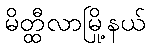
မိတ္ထီလာမြို့နယ်